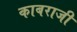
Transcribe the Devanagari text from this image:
काबराजी